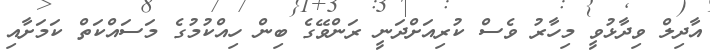
އާދިލް ވިދާޅުވީ މިހާރު ވެސް ކުރިއަށްދަނީ ރަންވޭގެ ބިން ހިއްކުމުގެ މަސައްކަތް ކަމަށާއި